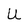
Character: U